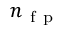
n _ { \mathrm { ~ f ~ p ~ } }